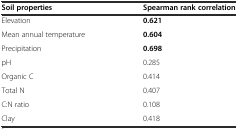
<table><thead><tr><td><b>Soil properties</b></td><td><b>Spearman rank correlation</b></td></tr></thead><tbody><tr><td>Elevation</td><td><b>0.621</b></td></tr><tr><td>Mean annual temperature</td><td><b>0.604</b></td></tr><tr><td>Precipitation</td><td><b>0.698</b></td></tr><tr><td>pH</td><td>0.285</td></tr><tr><td>Organic C</td><td>0.414</td></tr><tr><td>Total N</td><td>0.407</td></tr><tr><td>C:N ratio</td><td>0.108</td></tr><tr><td>Clay</td><td>0.418</td></tr></tbody></table>